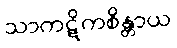
သာကဋိကစိန္တာယ